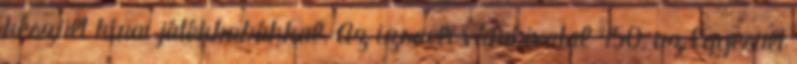
készült kínai játékbabákkal. Az izraeli vámhivatal 450, az Egyesült